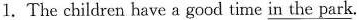
1. The children have a good time \underline{in the park}.